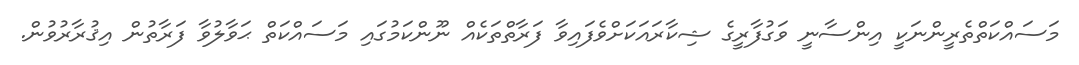
މަސައްކަތްތެރީންނަކީ އިންސާނީ ވަގުފާރީގެ ޝިކާރައަކަށްވެފައިވާ ފަރާތްތަކެއް ނޫންކަމުގައި މަސައްކަތް ޙަވާލުވާ ފަރާތުން އިޤުރާރުވުން.